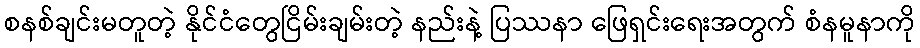
စနစ်ချင်းမတူတဲ့ နိုင်ငံတွေငြိမ်းချမ်းတဲ့ နည်းနဲ့ ပြဿနာ ဖြေရှင်းရေးအတွက် စံနမူနာကို